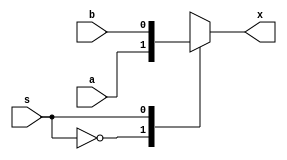
// This program was cloned from: https://github.com/TinyTapeout/tt-multiplexer
// License: Apache License 2.0

/*
 * tt_prim_mux2.v
 *
 * TT Primitive
 * Mux2
 *
 * Copyright (c) 2023 Sylvain Munaut <tnt@246tNt.com>
 * SPDX-License-Identifier: Apache-2.0
 */

`default_nettype none

module tt_prim_mux2 (
	input  wire a,
	input  wire b,
	output reg  x,
	input  wire s
);

	always @(*)
		case (s)
			1'b0:   x = a;
			1'b1:   x = b;
			default: x = 1'bx;
		endcase

endmodule // tt_prim_mux2